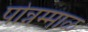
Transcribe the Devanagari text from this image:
पोन्नम्माळ